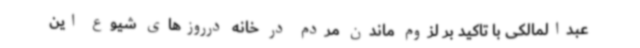
عبدالمالکی با تاکید بر لزوم ماندن مردم در خانه درروزهای شیوع این